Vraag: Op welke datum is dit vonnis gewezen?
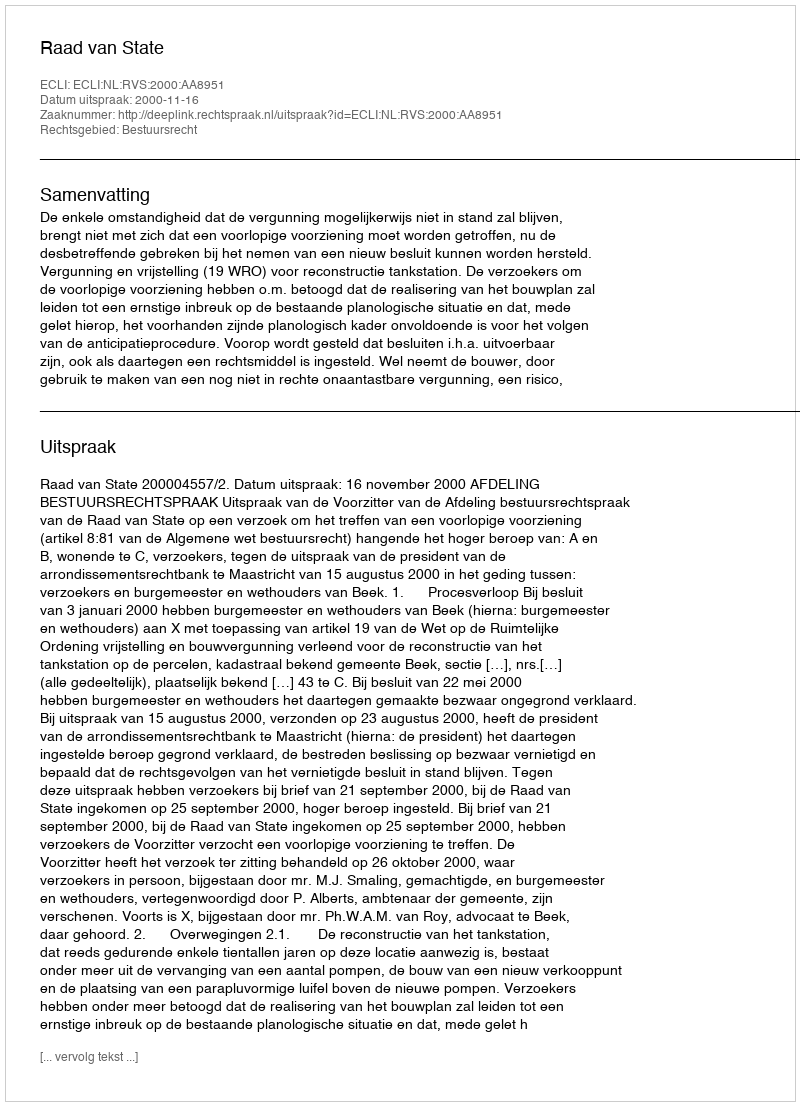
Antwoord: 2000-11-16